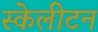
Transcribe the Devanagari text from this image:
स्केलीटन